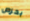
بحرص